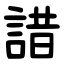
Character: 諎